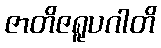
ဇာတိဇရူပဂါတိ